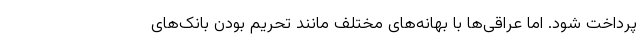
پرداخت شود. اما عراقی‌ها با بهانه‌های مختلف مانند تحریم بودن بانک‌های